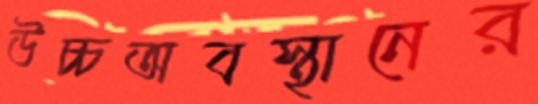
উচ্চঅবস্থানের